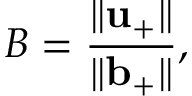
B = \frac { \Vert \mathbf { u } _ { + } \Vert } { \Vert \mathbf { b } _ { + } \Vert } ,